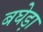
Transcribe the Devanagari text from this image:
बघेड़ा